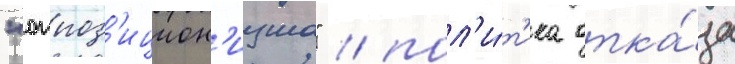
"оппоз'ицион'изма" / пол'и́т'ика отка́за